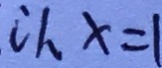
c h x = 1